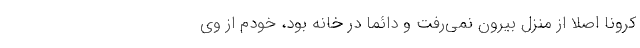
کرونا اصلاً از منزل بیرون نمی‌رفت و دائماً در خانه بود، خودم از وی